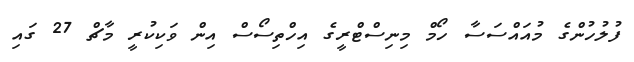
ފުލުހުންގެ މުއައްސަސާ ހޯމް މިނިސްޓްރީގެ އިހްތިސޯސް އިން ވަކިކުރީ މާޗް 27 ގައި